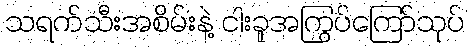
သရက်သီးအစိမ်းနဲ့ ငါးခူအကြွပ်ကြော်သုပ်